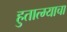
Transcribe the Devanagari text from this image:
हुतात्म्याचा